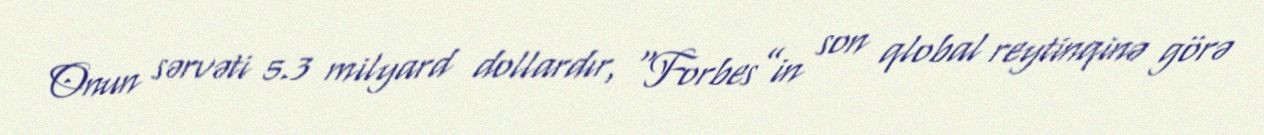
Onun sərvəti 5.3 milyard dollardır, “Forbes”in son qlobal reytinqinə görə